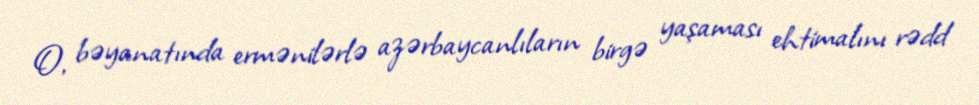
O, bəyanatında ermənilərlə azərbaycanlıların birgə yaşaması ehtimalını rədd